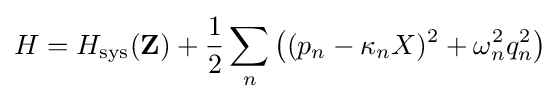
H=H_{\mathrm {sys} }(\mathbf {Z} )+{\frac {1}{2}}\sum _{n}\left((p_{n}-\kappa _{n}X)^{2}+\omega _{n}^{2}q_{n}^{2}\right)